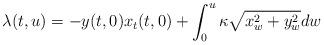
LaTeX: \begin{align*}\lambda(t,u)=-y(t,0)x_{t}(t,0)+\int_{0}^{u}\kappa\sqrt{x_{w}^{2}+y_{w}^{2}}dw \end{align*}